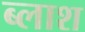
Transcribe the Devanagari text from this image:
ब्लाश